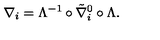
\nabla _ { i } = \Lambda ^ { - 1 } \circ \tilde { \nabla } _ { i } ^ { 0 } \circ \Lambda .